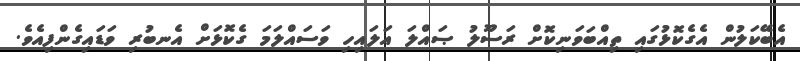
އެބޭކަލުން އެގެކޮޅުގައި ތިއްބަވަނިކޮށް ރަސޫލު ޞައްލަ އަލައިހި ވަސައްލަމަ ގެކޮޅަށް އެނބުރި ވަޑައިގެންފިއެވެ.